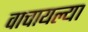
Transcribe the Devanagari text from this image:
वाचायल्या